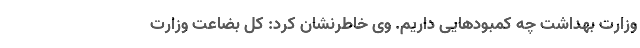
وزارت بهداشت چه کمبودهایی داریم. وی خاطرنشان کرد: کل بضاعت وزارت